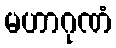
မဟာဂုဏံ